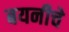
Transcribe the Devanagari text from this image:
बयनीचे